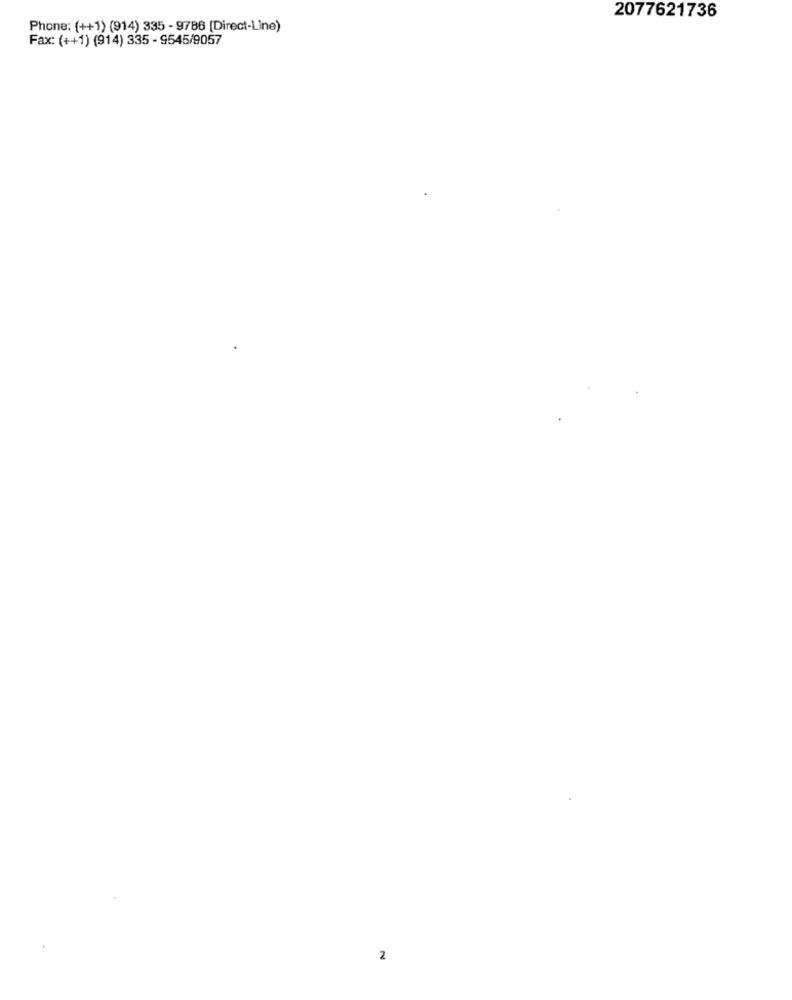
2077621736
Phone: (++1) (914) 335 - 9786 (Direct-Line)
Fax: (++1) (914) 335 - 9545/9057
2